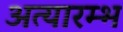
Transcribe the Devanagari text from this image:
अत्यारम्भ